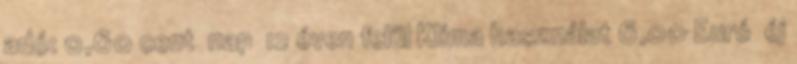
adó: 0,60 cent nap 12 éven felül Klíma használat 6,00 Euró éj